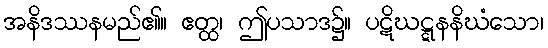
အနိဒဿနမည်၏။ ဧတ္ထ၊ ဤပသာဒ၌။ ပဋိဃဋ္ဋနနိဃံသော၊